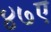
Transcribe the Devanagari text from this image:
४७ए